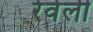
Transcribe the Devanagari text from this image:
रेवेली